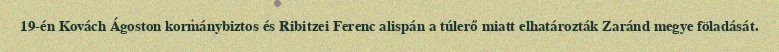
19-én Kovách Ágoston kormánybiztos és Ribitzei Ferenc alispán a túlerő miatt elhatározták Zaránd megye föladását.